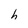
Character: h